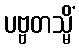
ပဗ္ဗတသ္မိံ